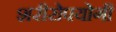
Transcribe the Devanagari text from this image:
शरीरोपयोगी